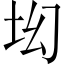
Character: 㘭